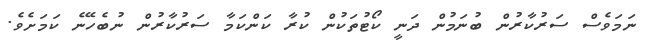
ނަމަވެސް ސަރުކާރުން ބުނަމުން ދަނީ ކޯޓުތަކުން ކުރާ ކަންކަމާ ސަރުކާރުން ނުބެހޭނެ ކަމަށެވެ.